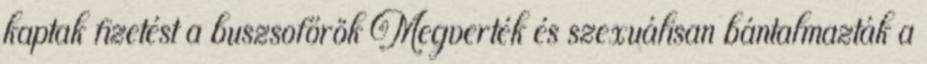
kaptak fizetést a buszsofőrök Megverték és szexuálisan bántalmazták a